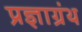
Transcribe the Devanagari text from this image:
प्रज्ञाग्रंथ